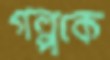
গল্পকে